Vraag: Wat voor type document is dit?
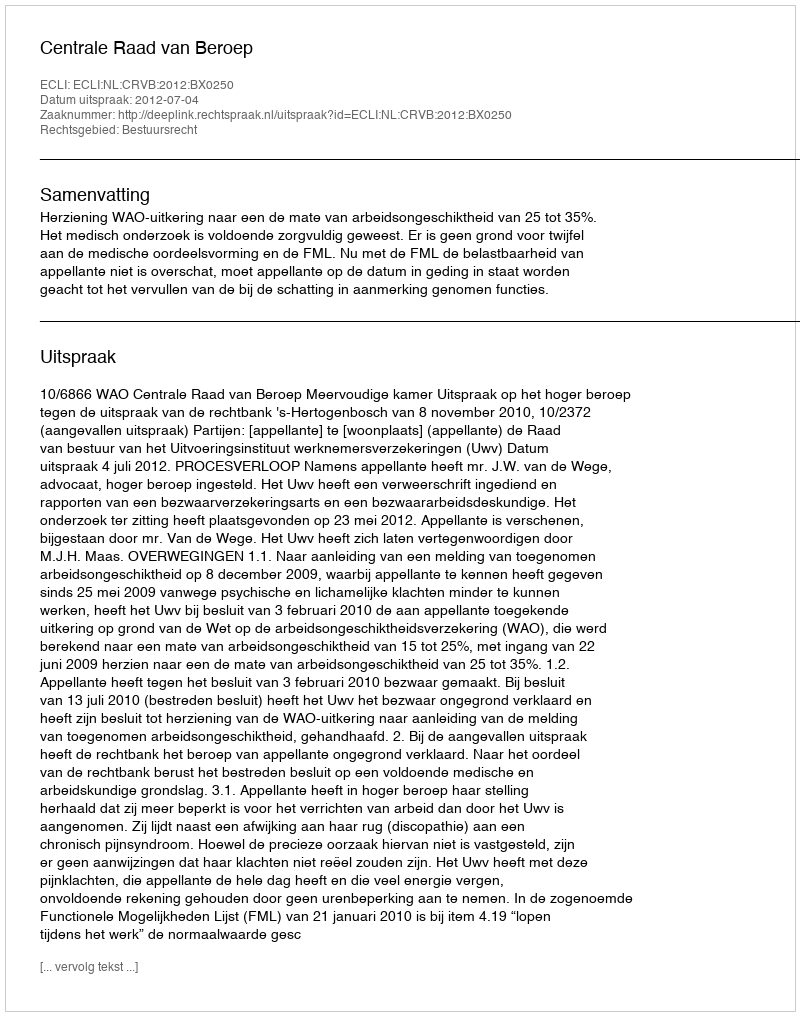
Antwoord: Uitspraak